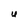
Character: U